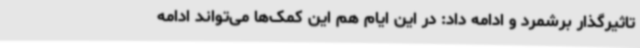
تاثیرگذار برشمرد و ادامه داد: در این ایام هم این کمک‌ها می‌تواند ادامه